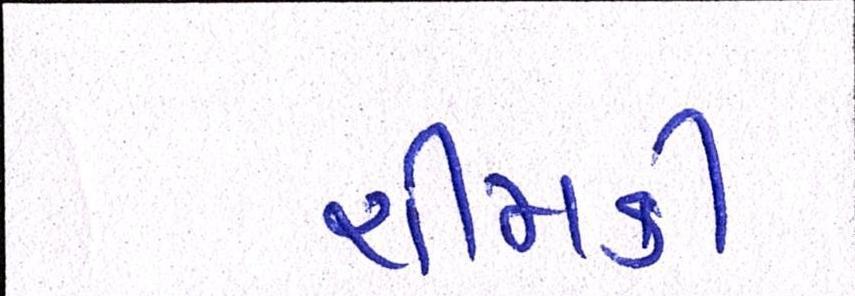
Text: ચીમકી